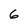
Character: 6